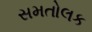
સમતોલક